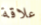
علاقة